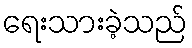
ရေးသားခဲ့သည်